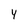
Character: Y